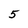
Character: 5